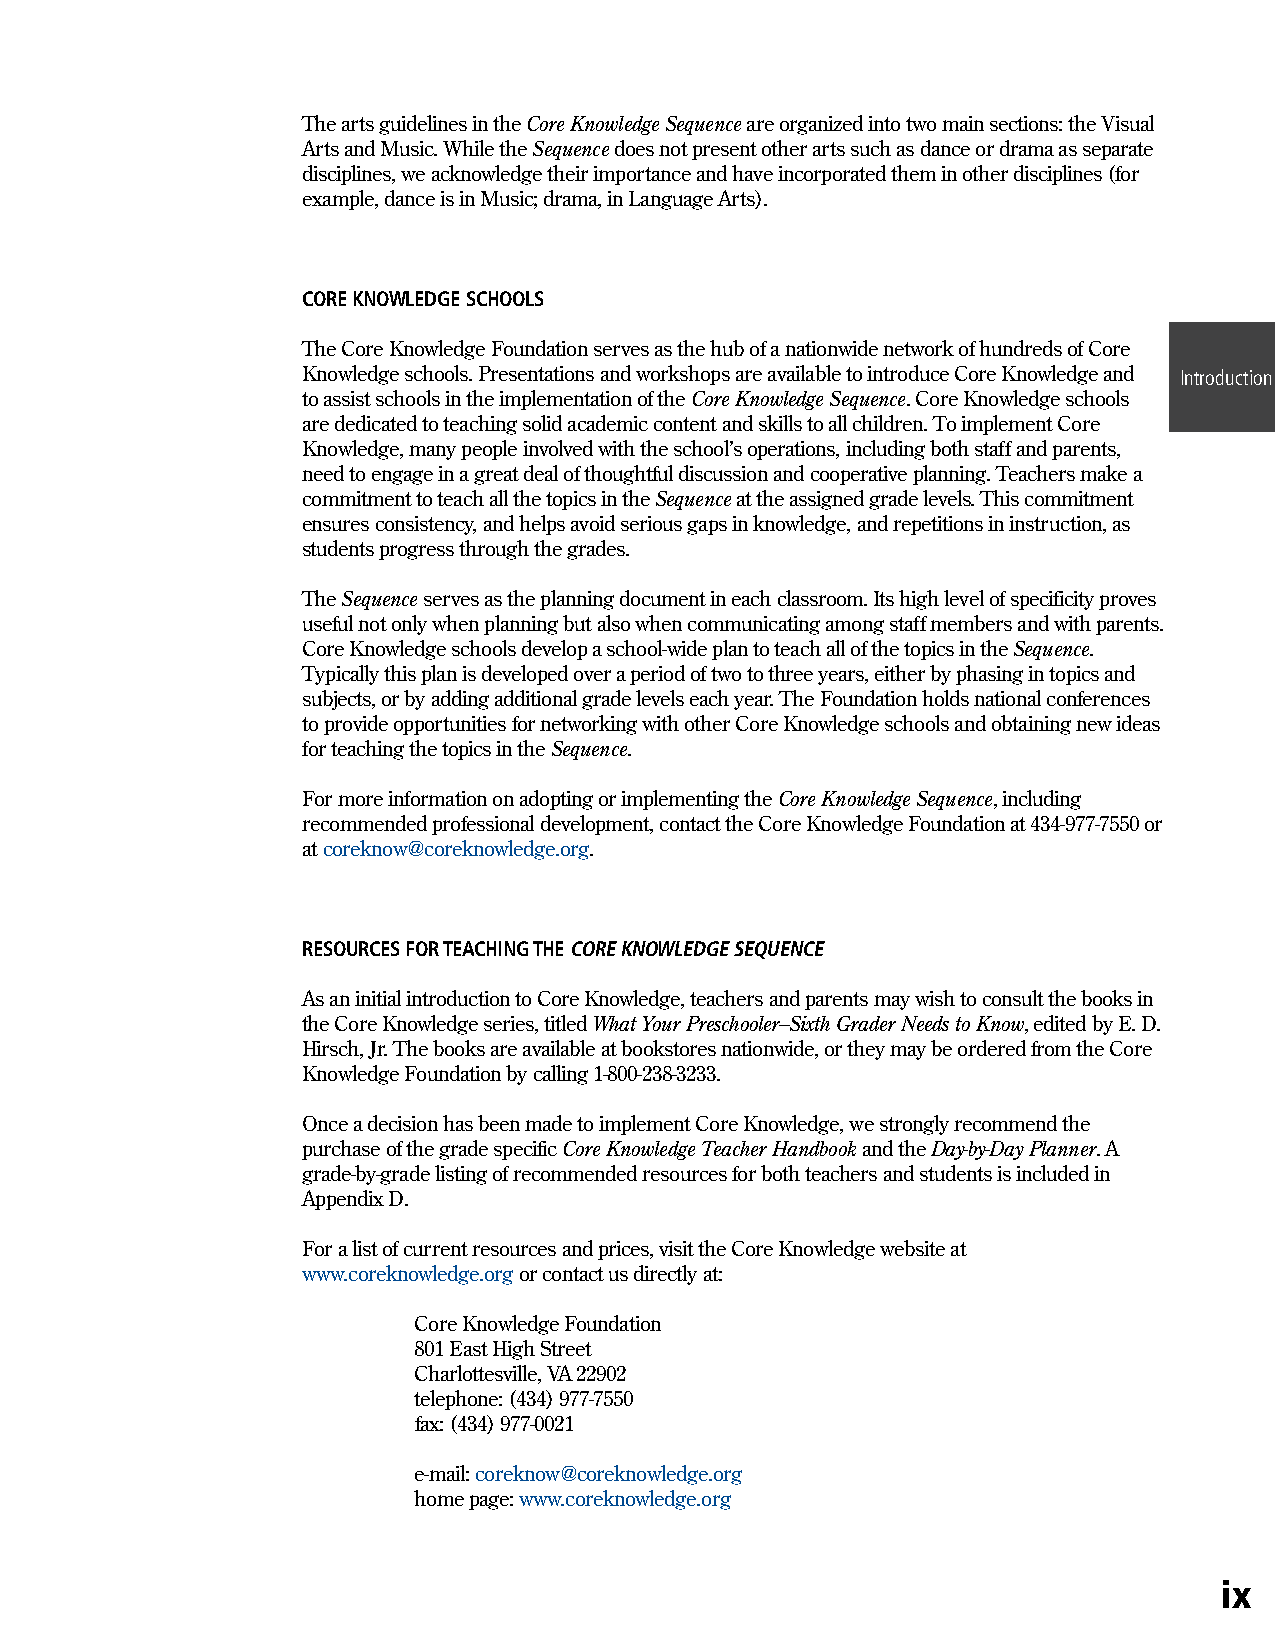
The arts guidelines in the Core Knowledge Sequence are organized into two main sections: the Visual
 Arts and Music. While the Sequence does not present other arts such as dance or drama as separate
 disciplines, we acknowledge their importance and have incorporated them in other disciplines (for
 example, dance is in Music; drama, in Language Arts).
 CORE KNOWLEDGE SCHOOLS
 The Core Knowledge Foundation serves as the hub of a nationwide network of hundreds of Core
 Knowledge schools. Presentations and workshops are available to introduce Core Knowledge and Introduction
 to assist schools in the implementation of the Core Knowledge Sequence. Core Knowledge schools
 are dedicated to teaching solid academic content and skills to all children. To implement Core
 Knowledge, many people involved with the school’s operations, including both staff and parents,
 need to engage in a great deal of thoughtful discussion and cooperative planning. Teachers make a
 commitment to teach all the topics in the Sequence at the assigned grade levels. This commitment
 ensures consistency, and helps avoid serious gaps in knowledge, and repetitions in instruction, as
 students progress through the grades.
 The Sequence serves as the planning document in each classroom. Its high level of specificity proves
 useful not only when planning but also when communicating among staff members and with parents.
 Core Knowledge schools develop a school-wide plan to teach all of the topics in the Sequence.
 Typically this plan is developed over a period of two to three years, either by phasing in topics and
 subjects, or by adding additional grade levels each year. The Foundation holds national conferences
 to provide opportunities for networking with other Core Knowledge schools and obtaining new ideas
 for teaching the topics in the Sequence.
 For more information on adopting or implementing the Core Knowledge Sequence, including
 recommended professional development, contact the Core Knowledge Foundation at 434-977-7550 or
 at coreknow@coreknowledge.org.
 RESOURCES FOR TEACHING THE CORE KNOWLEDGE SEQUENCE
 As an initial introduction to Core Knowledge, teachers and parents may wish to consult the books in
 the Core Knowledge series, titled What Your Preschooler–Sixth Grader Needs to Know, edited by E. D.
 Hirsch, Jr. The books are available at bookstores nationwide, or they may be ordered from the Core
 Knowledge Foundation by calling 1-800-238-3233.
 Once a decision has been made to implement Core Knowledge, we strongly recommend the
 purchase of the grade specific Core Knowledge Teacher Handbook and the Day-by-Day Planner. A
 grade-by-grade listing of recommended resources for both teachers and students is included in
 Appendix D.
 For a list of current resources and prices, visit the Core Knowledge website at
 www.coreknowledge.org or contact us directly at:
 Core Knowledge Foundation
 801 East High Street
 Charlottesville, VA 22902
 telephone: (434) 977-7550
 fax: (434) 977-0021
 e-mail: coreknow@coreknowledge.org
 home page: www.coreknowledge.org
 ix